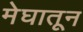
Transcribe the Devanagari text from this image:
मेघातून